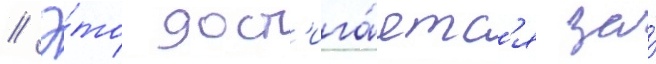
// Э́то дост'ига́етс'я за́